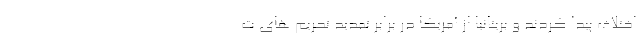
اختلاف پیدا کردند و بریتانیا از آمریکا در برابر تمدید تحریم های ت